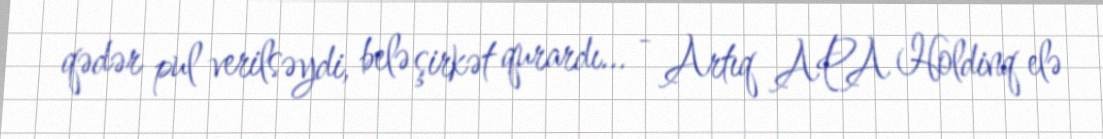
qədər pul verilsəydi, belə şirkət qurardı... - Artıq APA Holdinq elə